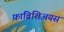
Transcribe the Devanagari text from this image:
फ़ाब्रिशिअयस